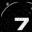
Digit: 7